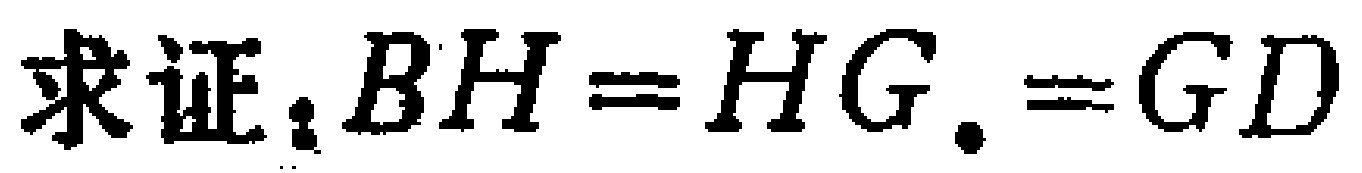
求证：$BH = HG. = GD$